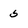
Character: 5